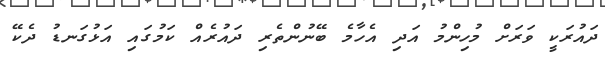
ދައުރަކީ ވަރަށް މުހިންމު އަދި އެހާމެ ބޭނުންތެރި ދައުރެއް ކަމުގައި އަޅުގަނޑު ދެކޭ